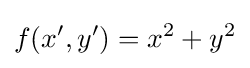
f(x',y')={x}^{2}+{y}^{2}